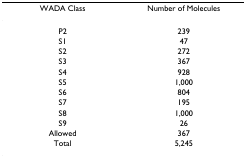
| WADA Class | Number of Molecules |
 | --- | --- |
 | P2 | 239 |
 | S1 | 47 |
 | S2 | 272 |
 | S3 | 367 |
 | S4 | 928 |
 | S5 | 1,000 |
 | S6 | 804 |
 | S7 | 195 |
 | S8 | 1,000 |
 | S9 | 26 |
 | Allowed | 367 |
 | Total | 5,245 |